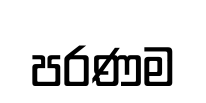
පරණම